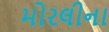
મોરલીના